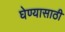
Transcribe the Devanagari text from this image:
घेण्‍यासाठी